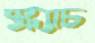
স্ক্র্যাচ